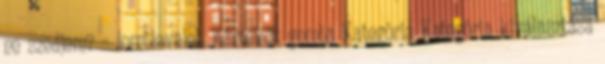
ne szedjem? – lomblevelek Kártevők gomba Kategória Kategória kiválasztása